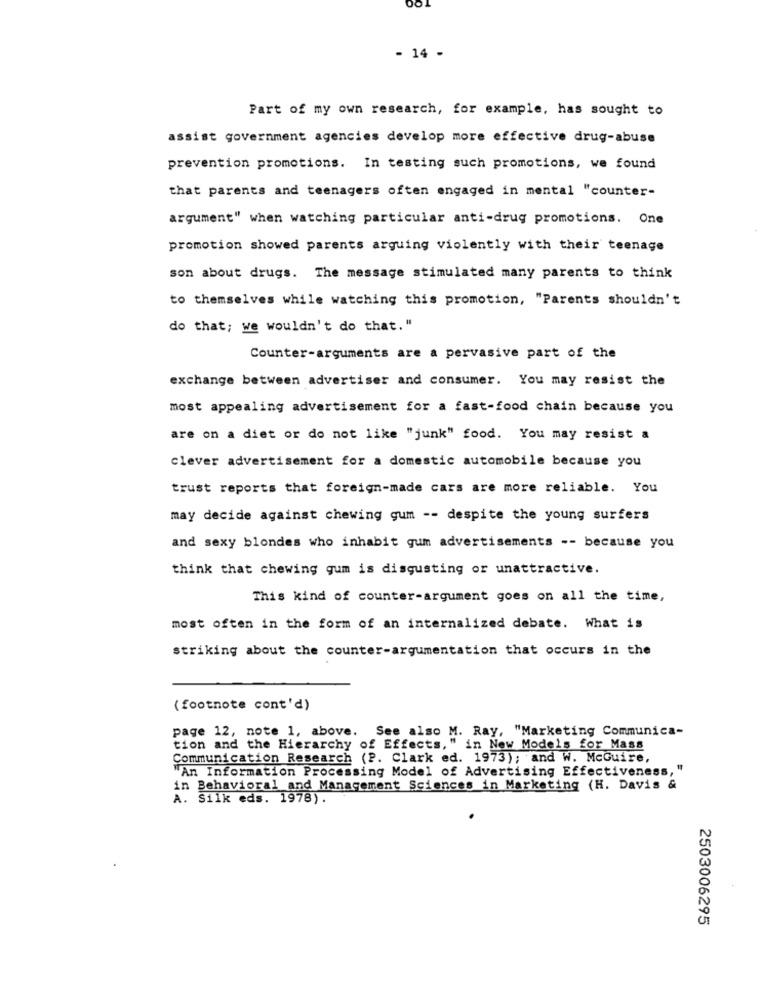
- 14 -
Part of my own research, for example, has sought to
assist government agencies develop more effective drug-abuse
prevention promotions. In testing such promotions, we found
that parents and teenagers often engaged in mental "counter-
argument" when watching particular anti-drug promotions. One
promotion showed parents arguing violently with their teenage
son about drugs. The message stimulated many parents to think
to themselves while watching this promotion, "Parents shouldn't
do that; we wouldn't do that. "
Counter-arguments are a pervasive part of the
exchange between advertiser and consumer. You may resist the
most appealing advertisement for a fast-food chain because you
are on a diet or do not like "junk" food. You may resist a
clever advertisement for a domestic automobile because you
trust reports that foreign-made cars are more reliable. You
may decide against chewing gum -- despite the young surfers
and sexy blondes who inhabit gum advertisements -- because you
think that chewing gum is disgusting or unattractive.
This kind of counter-argument goes on all the time,
most often in the form of an internalized debate. What is
striking about the counter-argumentation that occurs in the
(footnote cont'd)
page 12, note 1, above. See also M. Ray, "Marketing Communica-
tion and the Hierarchy of Effects," in New Models for Mass
Communication Research (P. Clark ed. 1973); and W. McGuire,
"An Information Processing Model of Advertising Effectiveness, "
in Behavioral and Management Sciences in Marketing (H. Davis &
A. Silk eds. 1978).
2503006295